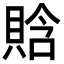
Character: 𧶗